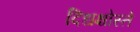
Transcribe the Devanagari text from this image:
दिधक्षोस्ते